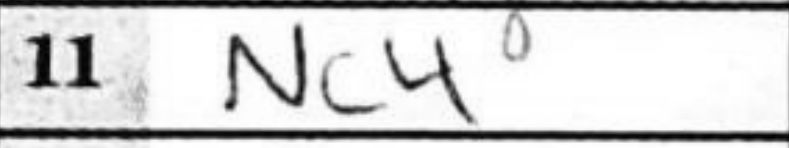
Transcription: Nc4